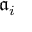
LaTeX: { \mathfrak { a } } _ { i }